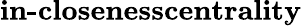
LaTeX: \textbf{in-closenesscentrality}